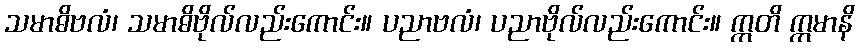
သမာဓိဗလံ၊ သမာဓိဗိုလ်လည်းကောင်း။ ပညာဗလံ၊ ပညာဗိုလ်လည်းကောင်း။ ဣတိ ဣမာနိ